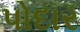
પોદાર